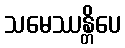
သမေဿန္တိပေ